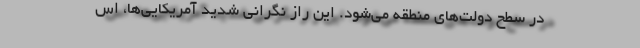
در سطح دولت‌های منطقه می‌شود. این راز نگرانی شدید آمریکایی‌ها، اس